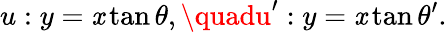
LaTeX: u:y=\mathit{x}\tan\theta,\quadu^{\prime}:y=\mathit{x}\tan\theta^{\prime}.